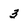
Character: 3